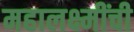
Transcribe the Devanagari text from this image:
महालक्ष्मींची